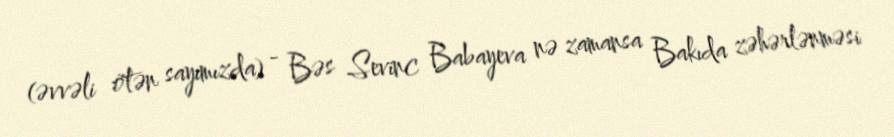
(əvvəli ötən sayımızda) - Bəs Sevinc Babayeva nə zamansa Bakıda zəhərlənməsi